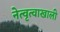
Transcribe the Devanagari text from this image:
नेत्वृत्वाखाली